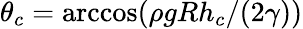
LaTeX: \theta_{c}=\operatorname{arccos}(\rho gRh_{c}/(2\gamma))